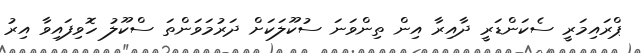
ޕްރައިމަރީ ސެކަންޑަރީ ދާއިރާ އިން ތިންވަނަ ސުކޫލަކަށް ދަރުމަވަންތަ ސްކޫލު ހޮވިފައިވާ އިރު